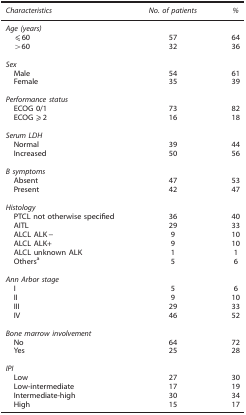
<table><thead><tr><td><b><i>Characteristics</i></b></td><td><b><i>No. of patients</i></b></td><td><b><i>%</i></b></td></tr></thead><tbody><tr><td colspan="3"><i>Age (years)</i></td></tr><tr><td> ⩽60</td><td>57</td><td>64</td></tr><tr><td> &gt;60</td><td>32</td><td>36</td></tr><tr><td colspan="3"> </td></tr><tr><td colspan="3"><i>Sex</i></td></tr><tr><td> Male</td><td>54</td><td>61</td></tr><tr><td> Female</td><td>35</td><td>39</td></tr><tr><td colspan="3"> </td></tr><tr><td colspan="3"><i>Performance status</i></td></tr><tr><td> ECOG 0/1</td><td>73</td><td>82</td></tr><tr><td> ECOG ⩾2</td><td>16</td><td>18</td></tr><tr><td colspan="3"> </td></tr><tr><td colspan="3"><i>Serum LDH</i></td></tr><tr><td> Normal</td><td>39</td><td>44</td></tr><tr><td> Increased</td><td>50</td><td>56</td></tr><tr><td colspan="3"> </td></tr><tr><td colspan="3"><i>B symptoms</i></td></tr><tr><td> Absent</td><td>47</td><td>53</td></tr><tr><td> Present</td><td>42</td><td>47</td></tr><tr><td colspan="3"> </td></tr><tr><td colspan="3"><i>Histology</i></td></tr><tr><td> PTCL not otherwise specified</td><td>36</td><td>40</td></tr><tr><td> AITL</td><td>29</td><td>33</td></tr><tr><td> ALCL ALK−</td><td>9</td><td>10</td></tr><tr><td> ALCL ALK+</td><td>9</td><td>10</td></tr><tr><td> ALCL unknown ALK</td><td>1</td><td>1</td></tr><tr><td> Othersa</td><td>5</td><td>6</td></tr><tr><td colspan="3"> </td></tr><tr><td colspan="3"><i>Ann Arbor stage</i></td></tr><tr><td> I</td><td>5</td><td>6</td></tr><tr><td> II</td><td>9</td><td>10</td></tr><tr><td> III</td><td>29</td><td>33</td></tr><tr><td> IV</td><td>46</td><td>52</td></tr><tr><td colspan="3"> </td></tr><tr><td colspan="3"><i>Bone marrow involvement</i></td></tr><tr><td> No</td><td>64</td><td>72</td></tr><tr><td> Yes</td><td>25</td><td>28</td></tr><tr><td colspan="3"> </td></tr><tr><td colspan="3"><i>IPI</i></td></tr><tr><td> Low</td><td>27</td><td>30</td></tr><tr><td> Low-intermediate</td><td>17</td><td>19</td></tr><tr><td> Intermediate-high</td><td>30</td><td>34</td></tr><tr><td> High</td><td>15</td><td>17</td></tr></tbody></table>